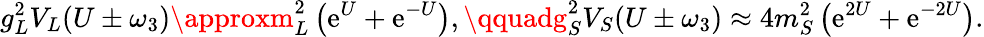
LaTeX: g_{L}^{2}V_{L}(U\pm\omega_{3})\approxm_{L}^{2}\left(\mathrm{e}^{U}+\mathrm{e}^{-U}\right),\qquadg_{S}^{2}V_{S}(U\pm\omega_{3})\approx4m_{S}^{2}\left(\mathrm{e}^{2U}+\mathrm{e}^{-2U}\right).